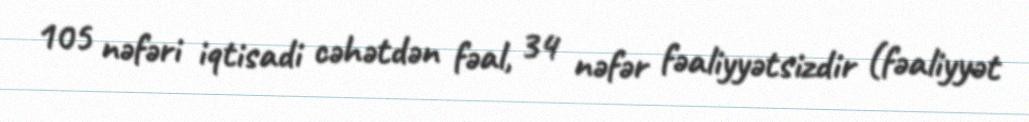
105 nəfəri iqtisadi cəhətdən fəal, 34 nəfər fəaliyyətsizdir (fəaliyyət